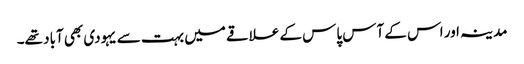
مدینہ اور اس کے آس پاس کے علاقے میں بہت سے یہودی بھی آباد تھے۔